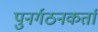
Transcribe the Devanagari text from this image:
पुनर्गठनकर्ता